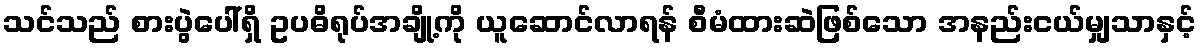
သင်သည် စားပွဲပေါ်ရှိ ဥပဓိရုပ်အချို့ကို ယူဆောင်လာရန် စီမံထားဆဲဖြစ်သော အနည်းငယ်မျှသာနှင့်